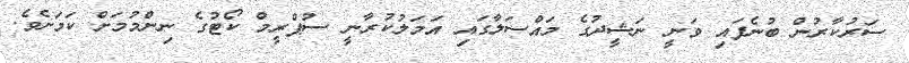
ސަރުކާރުން ބުނެފައި ވަނީ ނަޝީދުގެ މައްސަލާގައި އަމަލުކުރާނީ ސުޕްރީމް ކޯޓުގެ ނިންމުމަށް ކަމަށެވެ.